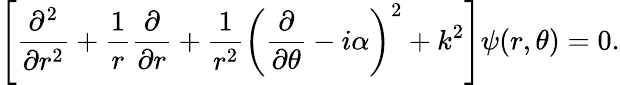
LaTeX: \left[{\frac{\partial^{2}}{\partial r^{2}}}+{\frac{1}{r}}{\frac{\partial}{\partial r}}+{\frac{1}{r^{2}}}\left({\frac{\partial}{\partial\theta}}-i\alpha\right)^{2}+k^{2}\right]\psi(r,\theta)=0.